Report on horse surra - Volume II, Part I
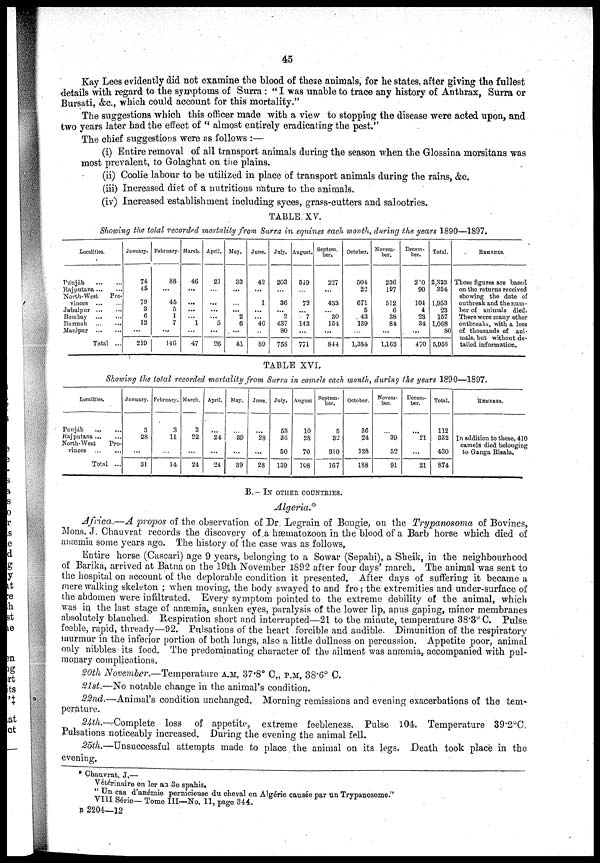
45
Kay Lees evidently did not examine the blood of these animals, for he states, after giving the fullest
details with regard to the symptoms of Surra : " I was unable to trace any history of Anthrax, Surra or
Bursati, &c., which could account for this mortality."
The suggestions which this officer made with a view to stopping the disease were acted upon, and
two years later had the effect of " almost entirely eradicating the pest."
The chief suggestions were as follows :—
(i) Entire removal of all transport animals during the season when the Glossina morsitans was
most prevalent, to Golaghat on the plains.
(ii) Coolie labour to be utilized in place of transport animals during the rains, &c.
(iii) Increased diet of a nutritious nature to the animals.
(iv) Increased establishment including syces, grass-cutters and salootries.
TABLE XV.
Showing the total recorded mortality from Surra in eguines each month, during the years 1890—1897.
Localities.
Punjab
Rajputana
North-West
Pro.
vinces
Jabalpur
Bombay
...
Burmah
...
....
Manipur
Total ...
January.
74
45
79
3
6
12
...
219
February.
88
...
45
5
1
7
...
146
March.
46
...
...
...
1
...
47
April.
21
...
...
...
...
5
...
26
May.
33
...
...
...
2
6
...
41
June.
42
...
1
...
...
46
89
July.
203
...
36
...
2
437
80
758
August.
519
...
72
...
7
143
...
771
Septem¬
ber.
227
...
433
30
154
...
844
October.
504
22
671
5
43
139
1,384
Novem-
ber.
236
107
512
6
38
84
...
1,163
Decem-
ber.
210
90
104
4
23
34
...
470
Total.
2,323
354
1,953
23
157
1,068
80
5,958
REMARKS.
These figures are based
on the returns received
showing the date of
outbreak and the num-
ber of animals died.
There were many other
outbreaks, with a loss
of thousands of ani-
mals, but without de-
tailed information.
TABLE XVI.
Showing the total recorded mortality from Surra in camels each month, during the years 1890—1897.
Localities.
Punjab
Rajputana ...
North-West
Pro.
vinces
Total ...
January.
3
28
...
31
February.
3
11
...
14
March.
2
22
...
24
April.
... 24
...
24
May.
... 39
...
39
June.
... 28
...
28
July.
53
36
50
139
August
10
28
70
108
Septem-
ber.
5
32
310
167
October.
36
24
328
188
Novem-
ber.
... 39
52
91
Decem-
ber.
... 21
...
21
Total.
112
332
430
874
REMARKS.
In addition to these, 410
camels died belonging
to Ganga Risala.
B.— IN OTHER COUNTRIES.
Algeria.*
Africa.—A propos of the observation of Dr. Legrain of Bougie, on the Trypanosoma of Bovines,
Mons. J. Chauvrat records the discovery of a hæmatozoon in the blood of a Barb horse which died of
anæmia some years ago. The history of the case was as follows,
Entire horse (Cascari) age 9 years, belonging to a Sowar (Sepahi), a Sheik, in the neighbourhood
of Barika, arrived at Batna on the 19th November 1892 after four days' march. The animal was sent to
the hospital on account of the deplorable condition it presented. After days of suffering it became a
mere walking skeleton ; when moving, the body swayed to and fro ; the extremities and under-surface of
the abdomen were infiltrated. Every symptom pointed to the extreme debility of the animal, which
was in the last stage of anæmia, sunken eyes, paralysis of the lower lip, anus gaping, minor membranes
absolutely blanched. Respiration short and interrupted—21 to the minute, temperature 38.3° C. Pulse
feeble, rapid, thready—92. Pulsations of the heart forcible and audible. Dimunition of the respiratory
murmur in the inferior portion of both lungs, also a little dullness on percussion. Appetite poor, animal
only nibbles its food. The predominating character of the ailment was anæmia, accompanied with pul¬
monary complications.
20th November.—Temperature A.M. 37.8° C., P.M. 38.6° C.
21st.—No notable change in the animal's condition.
22nd.—Animal's condition unchanged. Morning remissions and evening exacerbations of the tem-
perature.
24th—Complete loss of appetite, extreme feebleness. Pulse 104. Temperature 39.2°C.
Pulsations noticeably increased. During the evening the animal fell.
25th.—Unsuccessful attempts made to place the animal on its legs. Death took place in the
evening.
* Chauvrat, J.—
Vétérinaire en ler au 3e spahis.
" Un cas d'anémie pernicieuse du cheval en Algérie causée par un Trypanosome."
VIII Série— Tome III—No. 11, page 344.
B 2204—12